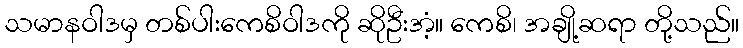
သမာနဝါဒမှ တစ်ပါးကေစိဝါဒကို ဆိုဦးအံ့။ ကေစိ၊ အချို့ဆရာ တို့သည်။